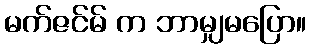
မက်ဇင်မ် က ဘာမျှမပြော။